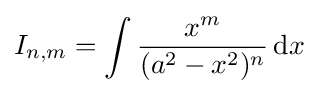
I_{n,m}=\int {\frac {x^{m}}{(a^{2}-x^{2})^{n}}}\,{\text{d}}x\,\!